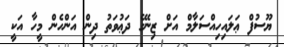
ޔޫސުފް ޢަލައިހިއްސަލާމް އަށް ޒިނޭގެ ދަޢުވަތު ދިން އަންހެން މީހާ އަކީ